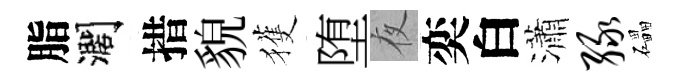
脂濶措貌獲堕夜奕白瀟绿礧